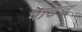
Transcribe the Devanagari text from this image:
चाटच